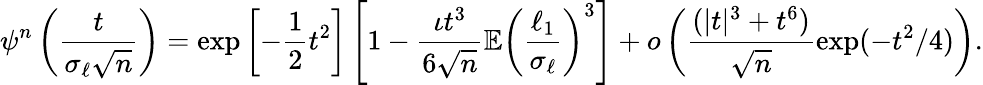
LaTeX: \psi^{n}\left(\frac{t}{\sigma_{\ell}\sqrt{n}}\right)=\exp\left[-\frac{1}{2}t^{2}\right]\left[1-\frac{\iota t^{3}}{6\sqrt{n}}\mathbb{E}\left(\frac{\ell_{1}}{\sigma_{\ell}}\right)^{3}\right]+o\left(\frac{(|t|^{3}+t^{6})}{\sqrt{n}}\exp(-t^{2}/4)\right).